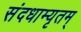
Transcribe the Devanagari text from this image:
संदधाम्यृतम्